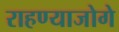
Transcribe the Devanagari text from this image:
राहण्याजोगे